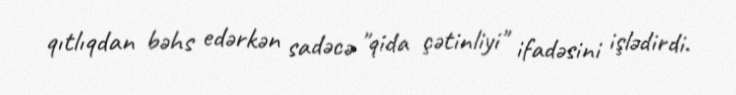
qıtlıqdan bəhs edərkən sadəcə "qida çətinliyi" ifadəsini işlədirdi.